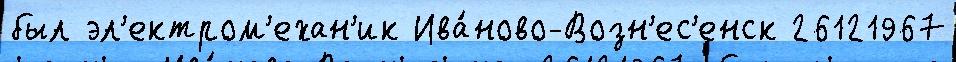
был эл'ектром'ехан'ик Ива́ново-Возн'ес'енск 26121967